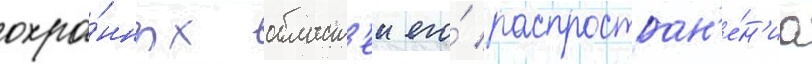
охра́нных област'еи его́ распростран'е́н'иа